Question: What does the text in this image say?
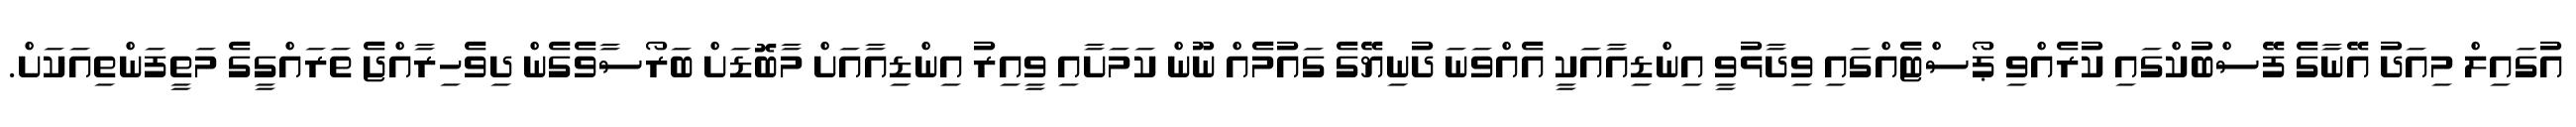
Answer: އުގައިލް މިއަދު އޭނާގެ ފޭސްބުކްގައި ކުރެއްވި ޕޯސްޓެއްގައި ވިދާޅުވީ އިންޑިއާއަކީ އެއްވަނަ ދުނިޔޭގެ ގައުމެއް ނޫން ކަމަށާއި ވީއިރު އިންޑިއާއަށް މާބޮޑަށް ބަރޯސާވެގެން ދިވެހިރާއްޖެ ތަރައްގީގެ މަތީފަންތިއަކަށް.